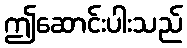
ဤဆောင်းပါးသည်